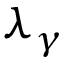
\lambda _ { \gamma }